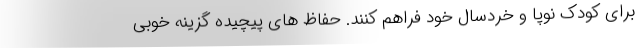
برای کودک نوپا و خردسال خود فراهم کنند. حفاظ های پیچیده گزینه خوبی